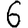
Digit: 6